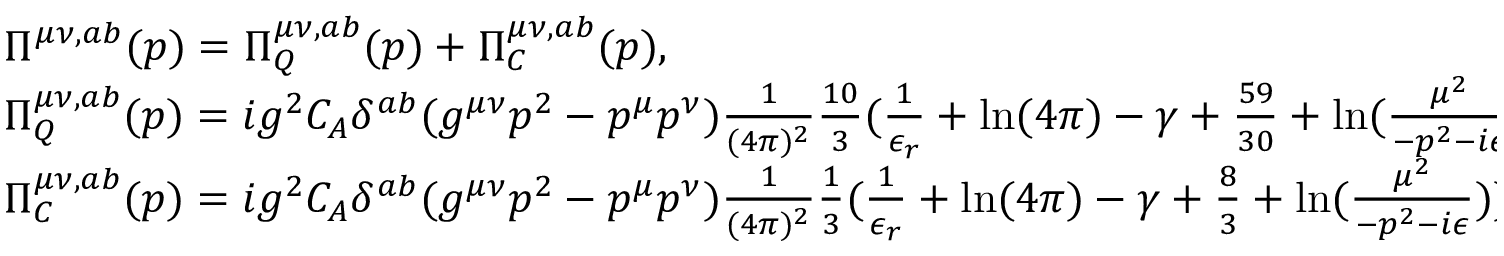
\begin{array} { l } { { \Pi ^ { \mu \nu , a b } ( p ) = \Pi _ { Q } ^ { \mu \nu , a b } ( p ) + \Pi _ { C } ^ { \mu \nu , a b } ( p ) , } } \\ { { \Pi _ { Q } ^ { \mu \nu , a b } ( p ) = i g ^ { 2 } C _ { A } \delta ^ { a b } ( g ^ { \mu \nu } p ^ { 2 } - p ^ { \mu } p ^ { \nu } ) \frac 1 { ( 4 \pi ) ^ { 2 } } \frac { 1 0 } { 3 } ( \frac 1 { \epsilon _ { r } } + \ln ( 4 \pi ) - \gamma + \frac { 5 9 } { 3 0 } + \ln ( \frac { \mu ^ { 2 } } { - p ^ { 2 } - i \epsilon } ) ) , } } \\ { { \Pi _ { C } ^ { \mu \nu , a b } ( p ) = i g ^ { 2 } C _ { A } \delta ^ { a b } ( g ^ { \mu \nu } p ^ { 2 } - p ^ { \mu } p ^ { \nu } ) \frac 1 { ( 4 \pi ) ^ { 2 } } \frac { 1 } { 3 } ( \frac 1 { \epsilon _ { r } } + \ln ( 4 \pi ) - \gamma + \frac { 8 } { 3 } + \ln ( \frac { \mu ^ { 2 } } { - p ^ { 2 } - i \epsilon } ) ) , } } \end{array}